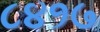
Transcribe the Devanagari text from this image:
८४१७